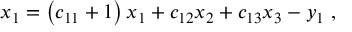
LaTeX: x _ { 1 } = \left( c _ { 1 1 } + 1 \right) x _ { 1 } + c _ { 1 2 } x _ { 2 } + c _ { 1 3 } x _ { 3 } - y _ { 1 } \ ,